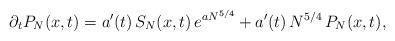
LaTeX: \begin{align*}\partial_t P_N(x,t)=a'(t)\, S_N(x,t)\,e^{aN^{5/4}}+a'(t)\,N^{5/4}\,P_N(x,t),\end{align*}